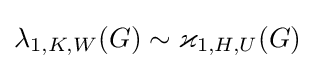
\lambda _{1,K,W}(G)\sim \varkappa _{1,H,U}(G)